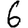
Digit: 6